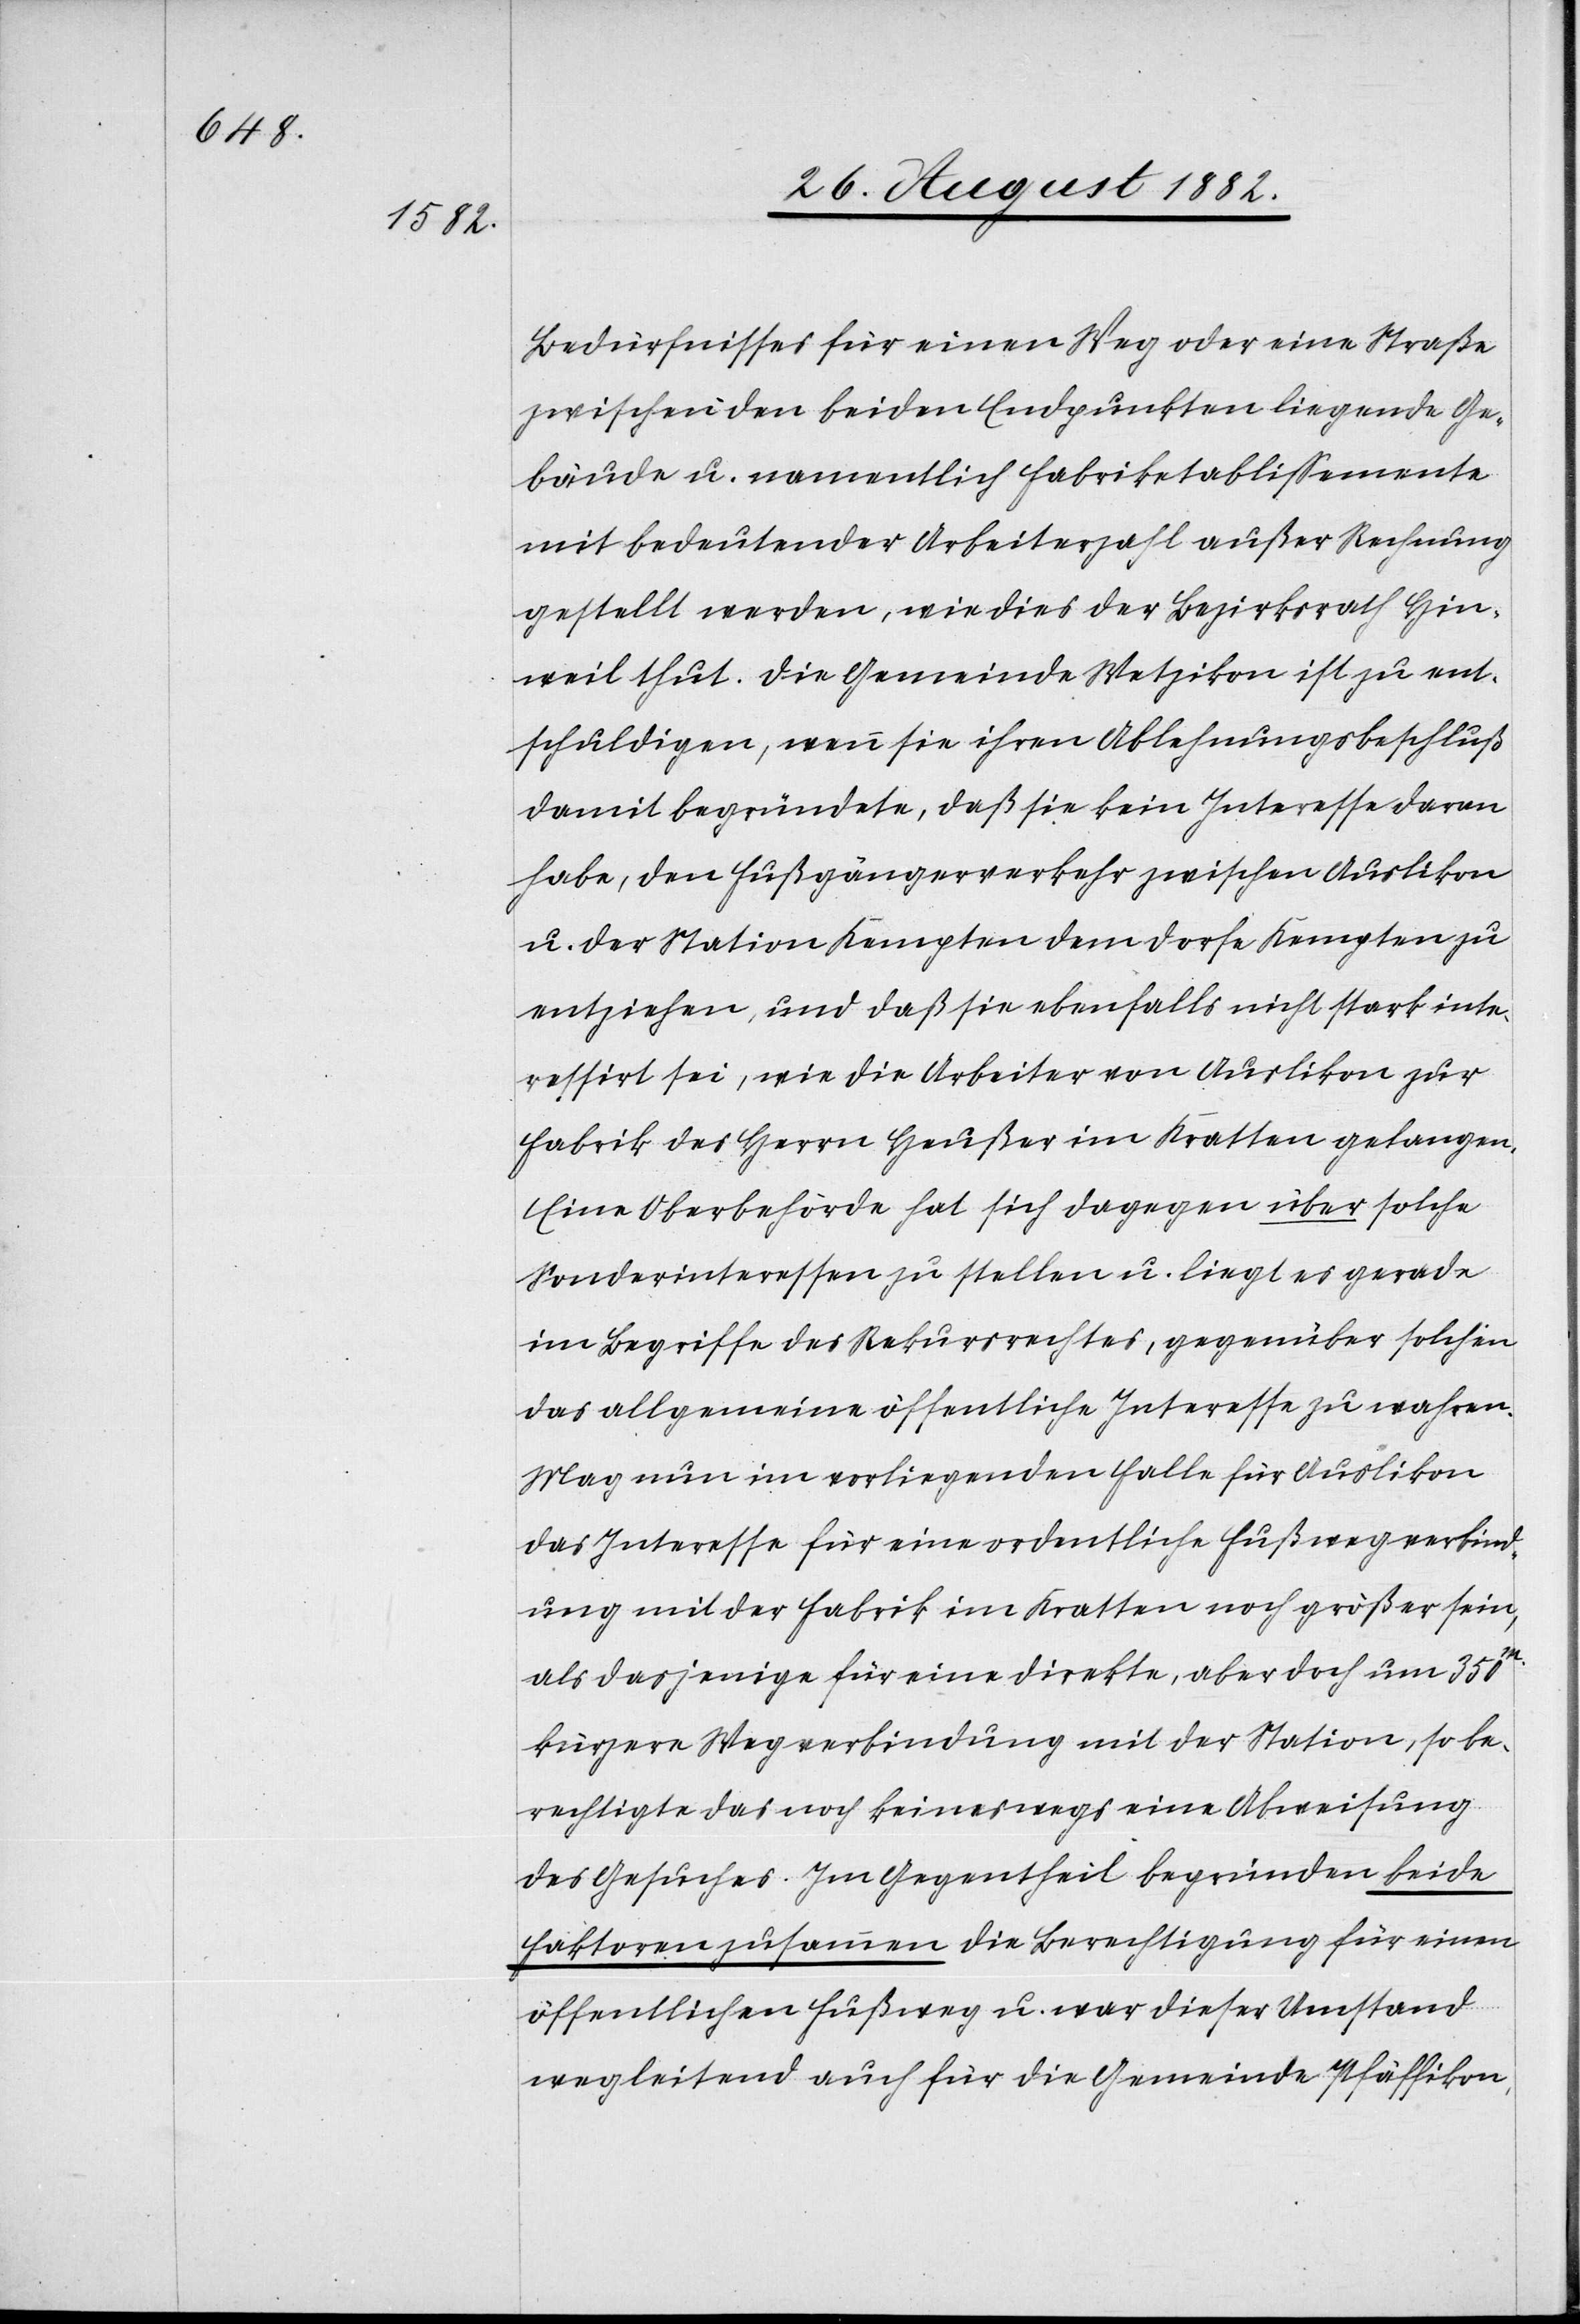
Bedürfnisses für einen Weg oder eine Straße
zwischen den beiden Endpunkten liegende Ge¬
bäude u. namentlich Fabriketablissemente
mit bedeutender Arbeiterzahl außer Rechnung
gestellt werden, wie dies der Bezirksrath Hin¬
weil thut. Die Gemeinde Wetzikon ist zu ent¬
schuldigen, wenn sie ihren Ablehnungsbeschluß
damit begründet, daß sie kein Interesse daran
habe, den Fußgängerverkehr zwischen Auslikon
u. der Station Kempten dem Dorfe Kempten zu
entziehen, und daß sie ebenfalls nicht stark inte¬
ressirt sei, wie die Arbeiter von Auslikon zur
Fabrik des Herrn Heußer im Kratten gelangen.
Eine Oberbehörde hat sich dagegen über solche
Sonderinteressen zu stellen u. liegt es gerade
im Begriffe des Rekursrechtes, gegenüber solchen
das allgemeine öffentliche Interesse zu wahren.
Mag nun im vorliegenden Falle für Auslikon
das Interesse für eine ordentliche Fußwegverbind¬
ung mit der Fabrik im Kratten noch größer sein,
als dasjenige für eine direkte, aber doch um 350m.
kürzere Wegverbindung mit der Station, so be¬
rechtigte das noch keinesweges eine Abweisung
des Gesuches. Im Gegentheil begründen beide
Faktoren zusammen die Berechtigung für einen
öffentlichen Fußweg u. war dieser Umstand
wegleitend auch für die Gemeinde Pfäffikon,